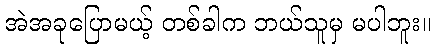
အဲအခုပြောမယ့် တစ်ခါက ဘယ်သူမှ မပါဘူး။